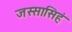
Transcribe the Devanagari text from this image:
जस्सासिहं